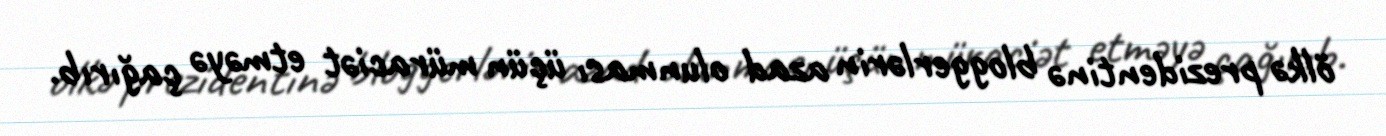
ölkə prezidentinə bloggerlərin azad olunması üçün müraciət etməyə çağırıb.